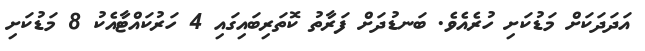
އަދަދަަކަށް މަޑުކަށި ހުރެއެވެ. ބަނޑުދަށް ފަރާތު ކޮތަރިބައިގައި 4 ހަރުކައްޓާއެކު 8 މަޑުކަށި